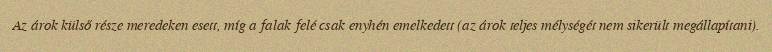
Az árok külső része meredeken esett, míg a falak felé csak enyhén emelkedett (az árok teljes mélységét nem sikerült megállapítani).